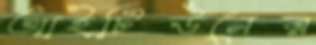
আইটিউনের